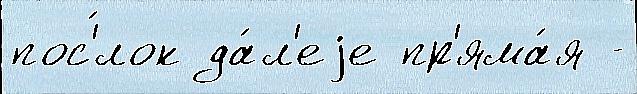
пос'́лок да́л'еjе пр'яма́я -